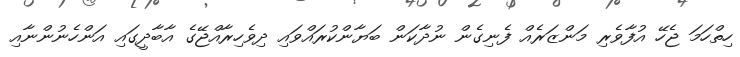
ހިތްހަމަ ޖެހޭ އުފާވެރި މަންޒަރެއް ފެނިގެން ނުދާކަން ބަޔާންކުރައްވައި ދިވެހިރާއްޖޭގެ އާބާދީގައި އަންހެނުންނާއި